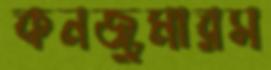
কনজুমারস